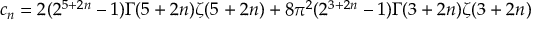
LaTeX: c _ { n } = 2 ( 2 ^ { 5 + 2 n } - 1 ) \Gamma ( 5 + 2 n ) \zeta ( 5 + 2 n ) + 8 \pi ^ { 2 } ( 2 ^ { 3 + 2 n } - 1 ) \Gamma ( 3 + 2 n ) \zeta ( 3 + 2 n )